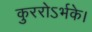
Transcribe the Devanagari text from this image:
कुररोऽर्भके।